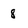
Character: 8